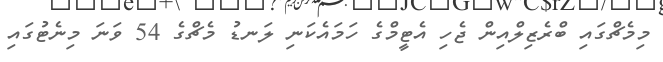
މިމެޗްގައި ބްރެޒިލްއިން ޖެހި އެޓީމްގެ ހަމައެކަނި ލަނޑު މެޗްގެ 54 ވަނަ މިނެޓުގައި